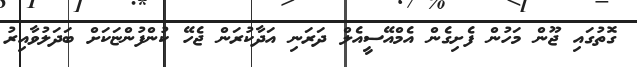
ގޮތުގައި ޖޫން މަހުން ފެށިގެން އެމްއޭސީއެލް ދަރަނި އަދާކުރަން ޖެހޭ ކުންފުންޏަކަށް ބަދަލުވާއިރު